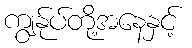
ကျွန်ုပ်တို့အနေနှင့်